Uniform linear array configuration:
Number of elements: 24
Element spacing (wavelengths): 0.25
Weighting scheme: exponential
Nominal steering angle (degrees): -45
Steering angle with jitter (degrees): -46.943
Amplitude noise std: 0.05
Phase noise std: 0.05

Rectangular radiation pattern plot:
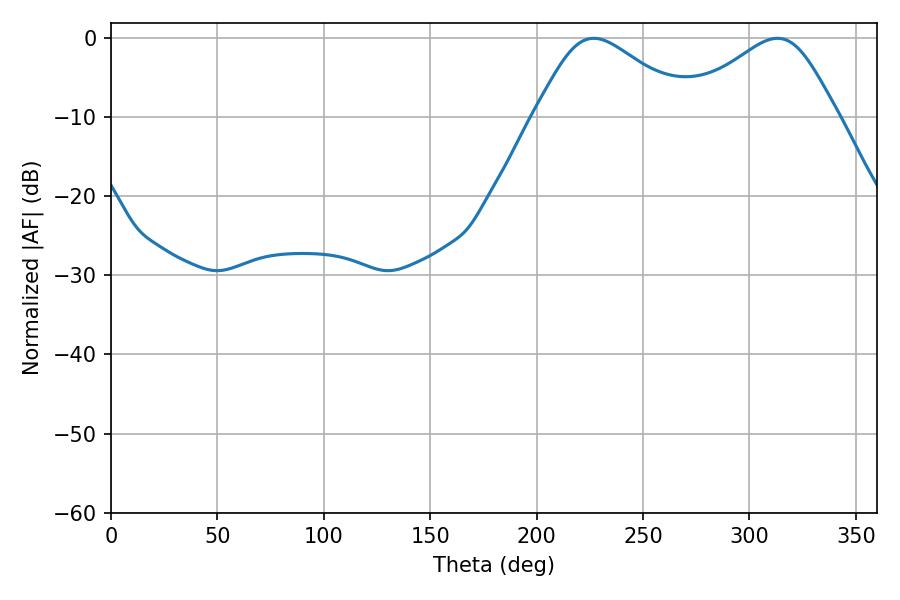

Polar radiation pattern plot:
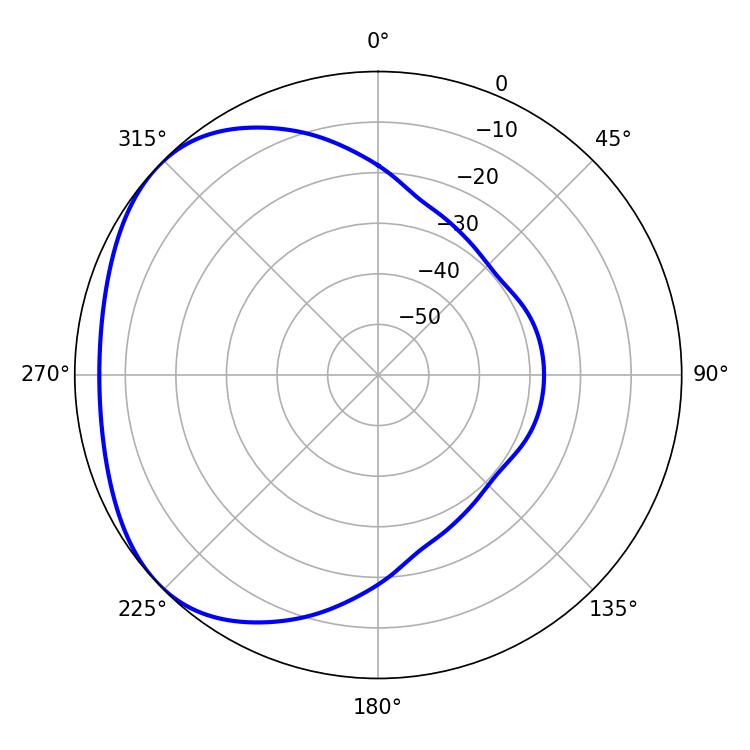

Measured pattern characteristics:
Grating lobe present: FALSE
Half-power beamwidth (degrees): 36.54
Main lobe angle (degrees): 226.8